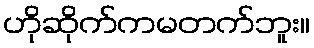
ဟိုဆိုက်ကမတက်ဘူး။